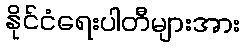
နိုင်ငံရေးပါတီများအား